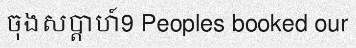
ចុងសប្តាហ៍9 Peoples booked our